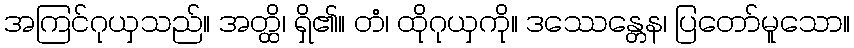
အကြင်ဂုယှသည်။ အတ္ထိ၊ ရှိ၏။ တံ၊ ထိုဂုယှကို။ ဒဿေန္တေန၊ ပြတော်မူသော။